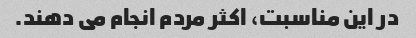
در این مناسبت، اکثر مردم انجام می دهند.